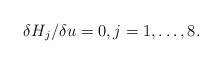
LaTeX: \begin{align*} \delta H_j/\delta u=0,j=1,\dots,8.\end{align*}